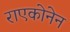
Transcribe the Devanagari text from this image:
राएकोनेन